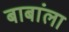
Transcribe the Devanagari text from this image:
बाबांला